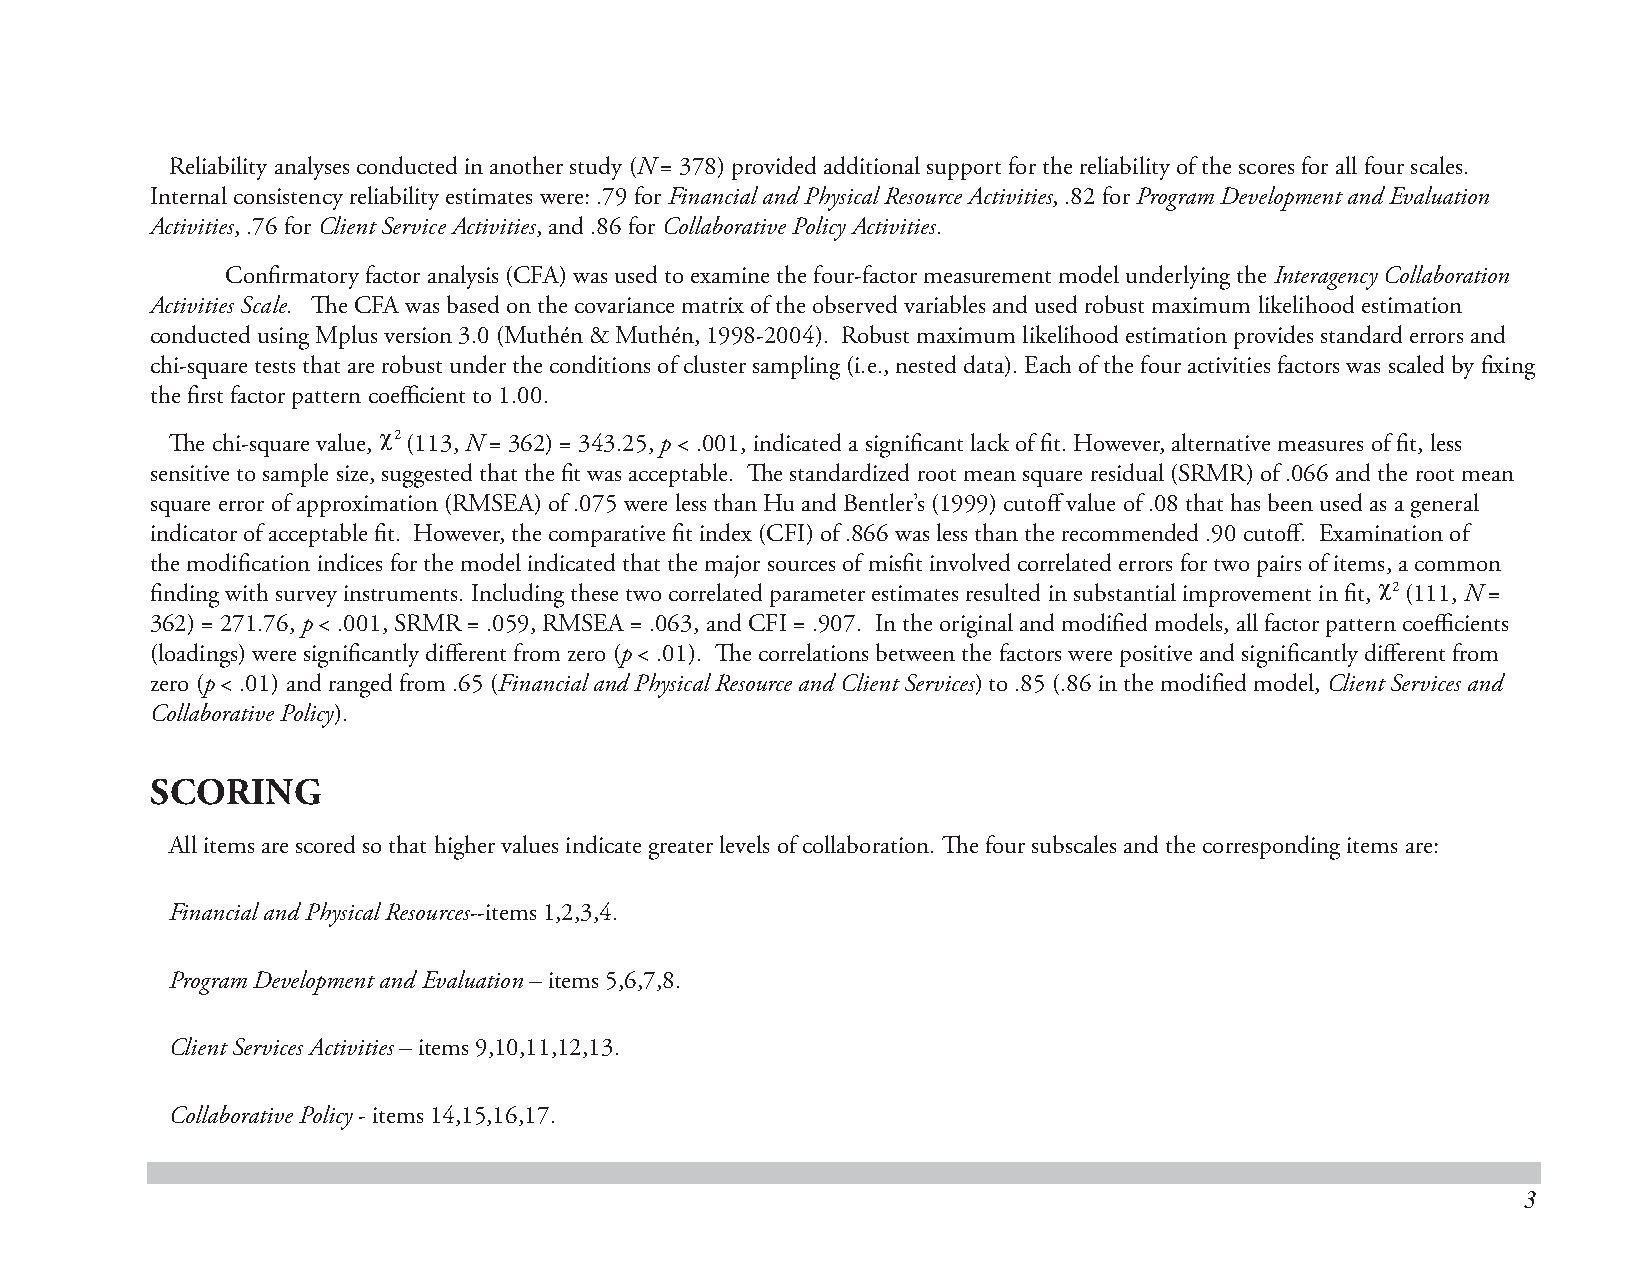
Reliability analyses conducted in another study (N = 378) provided additional support for the reliability of the scores for all four scales.
 Internal consistency reliability estimates were: .79 for Financial and Physical Resource Activities, .82 for Program Development and Evaluation
 Activities, .76 for Client Service Activities, and .86 for Collaborative Policy Activities.
 Confi rmatory factor analysis (CFA) was used to examine the four-factor measurement model underlying the Interagency Collaboration
 Activities Scale. Th e CFA was based on the covariance matrix of the observed variables and used robust maximum likelihood estimation
 conducted using Mplus version 3.0 (Muthén & Muthén, 1998-2004). Robust maximum likelihood estimation provides standard errors and
 chi-square tests that are robust under the conditions of cluster sampling (i.e., nested data). Each of the four activities factors was scaled by fi xing
 the fi rst factor pattern coeffi cient to 1.00.
 Th e chi-square value,
 χ2
 (113, N = 362) = 343.25, p < .001, indicated a signifi cant lack of fi t. However, alternative measures of fi t, less
 sensitive to sample size, suggested that the fi t was acceptable. Th e standardized root mean square residual (SRMR) of .066 and the root mean
 square error of approximation (RMSEA) of .075 were less than Hu and Bentler’s (1999) cutoff value of .08 that has been used as a general
 indicator of acceptable fi t. However, the comparative fi t index (CFI) of .866 was less than the recommended .90 cutoff . Examination of
 the modifi cation indices for the model indicated that the major sources of misfi t involved correlated errors for two pairs of items, a common
 fi nding with survey instruments. Including these two correlated parameter estimates resulted in substantial improvement in fi t,
 χ2
 (111, N =
 362) = 271.76, p < .001, SRMR = .059, RMSEA = .063, and CFI = .907. In the original and modifi ed models, all factor pattern coeffi cients
 (loadings) were signifi cantly diff erent from zero (p < .01). Th e correlations between the factors were positive and signifi cantly diff erent from
 zero (p < .01) and ranged from .65 (Financial and Physical Resource and Client Services) to .85 (.86 in the modifi ed model, Client Services and
 Collaborative Policy).
 SCORING
 All items are scored so that higher values indicate greater levels of collaboration. Th e four subscales and the corresponding items are:
 Financial and Physical Resources--items 1,2,3,4.
 Program Development and Evaluation – items 5,6,7,8.
 Client Services Activities – items 9,10,11,12,13.
 Collaborative Policy - items 14,15,16,17.
 3